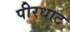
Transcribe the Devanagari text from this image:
पीरधाट